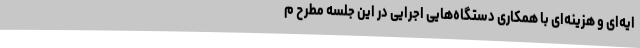
ایه‌ای و هزینه‌ای با همکاری دستگاه‌هایی اجرایی در این جلسه مطرح م